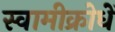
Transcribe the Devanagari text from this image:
स्वामीक्रोधें